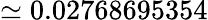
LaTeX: \simeq 0.02768695354